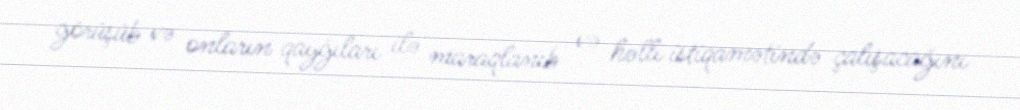
görüşüb və onların qayğıları ilə maraqlanıb və həlli istiqamətində çalışacağını